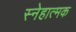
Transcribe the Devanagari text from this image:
स्नेहात्मक